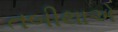
તબીથાએ